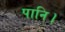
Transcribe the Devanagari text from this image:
पानि।